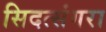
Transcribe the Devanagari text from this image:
सिदत्संगरा